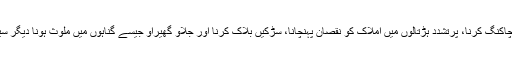
مثال کے طور پر زمینوں پر قبضہ کرکے مسجد تعمیر کرنا،وال چاکنگ کرنا، پرتشدد ہڑتالوں میں املاک کو نقصان پہنچانا، سڑکیں بلاک کرنا اور جلاؤ گھیراؤ جیسے گناہوں میں ملوث ہونا دیگر سیاسی جماعتوں کی طرح مذہبی جماعتوں کا بھی وتیرہ بن چکا ہے۔